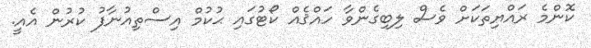
ކޮންމެ ރައްޔިތަކަށް ވެސް ލިބިގެންވާ ހައްޤެއް ކޯޓުގައި ޙުކުމް އިސްތިއުނާފު ކުރުން އެއީ.